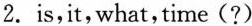
2.is,it,what,time(?)